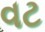
વટ